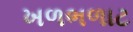
ખળભળાટ